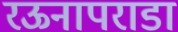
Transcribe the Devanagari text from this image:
रऊनापराडा